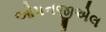
ઓપનજીએલ